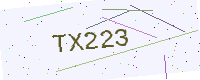
Text: TX223